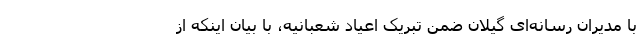
با مدیران رسانه‌ای گیلان ضمن تبریک اعیاد شعبانیه، با بیان اینکه از